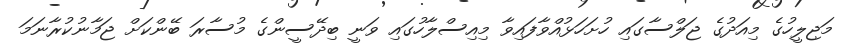
މަޖިލީހުގެ މިއަދުގެ ޖަލްސާގައި ހުށަހަޅުއްވާފައިވާ މިއިސްލާހުގައި ވަނީ ބިދޭސީންގެ މުސާރަ ބޭންކަށް ޖަމާނުކުރާނަމަ